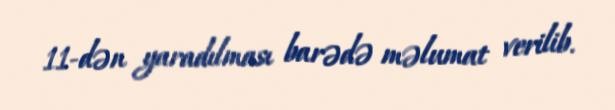
11-dən yaradılması barədə məlumat verilib.